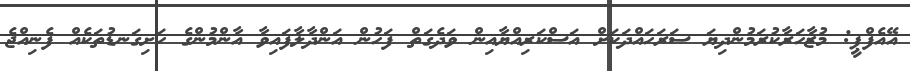
އޭއެފްޕީ: މުޒާހަރާކުރަމުންދިޔަ ސަރަހައްދަކަށް އަސްކަރިއްޔާއިން ވަދެގަތް ފަހުން އަންދާލާފައިވާ އާންމުންގެ ހަށިގަނޑުތަކެއް ފެނިއްޖެ